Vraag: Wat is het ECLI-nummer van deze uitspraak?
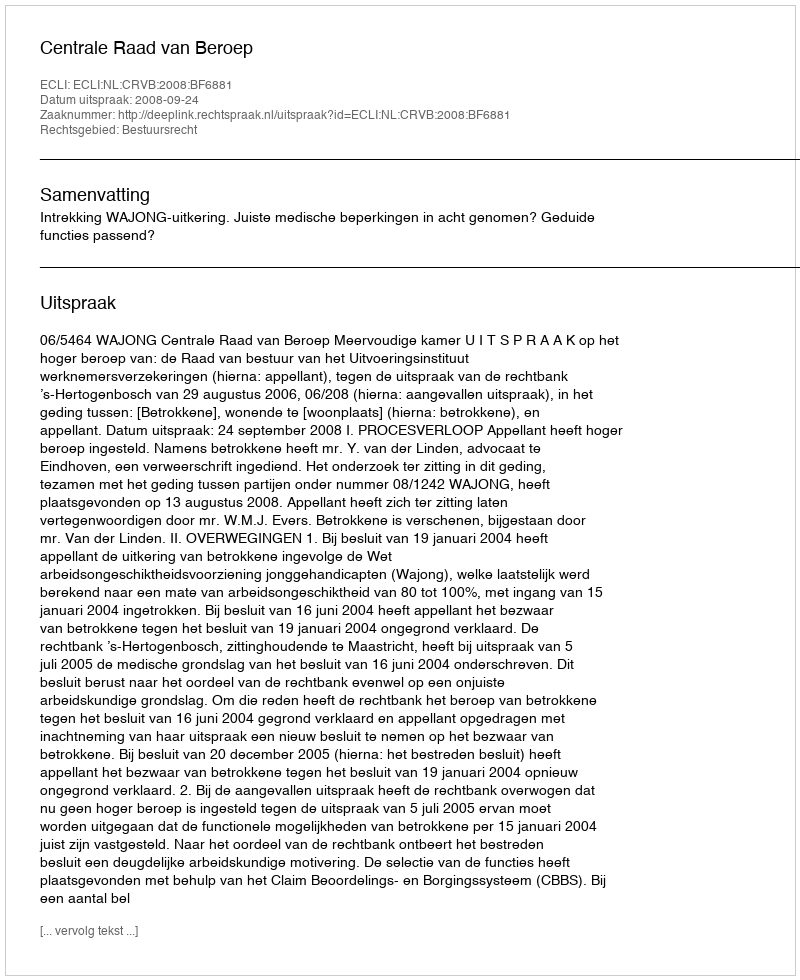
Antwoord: ECLI:NL:CRVB:2008:BF6881